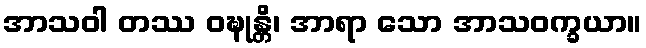
အာသဝါ တဿ ဝဍ္ဎုန္တိ၊ အာရာ သော အာသဝက္ခယာ။